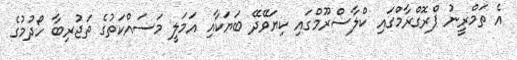
އެ ތަމްރީނު ޕްރޮގްރާމްގައި ކްލާސްރޫމްގައި ކިޔަވޭދޭ ބަޔަކާއި އަމަލީ މަސައްކަތުގެ ތަޖުރިބާ ހޯދުމުގެ